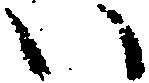
い